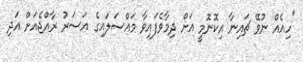
"ހިއެއް ނުވޭ ޗައިނާ އިކޮނޮމީ އަށް ދިމާވެފައިވާ މައްސަލައިގެ އަސަރު ރާއްޖެއަށް އަދި